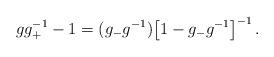
LaTeX: \begin{align*}gg_+^{-1}-1=(g_-g^{-1})\bigl[ 1-g_-g^{-1}\bigr] ^{-1}\, .\end{align*}